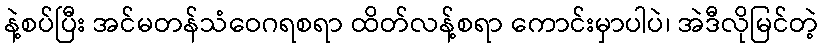
နဲ့စပ်ပြီး အင်မတန်သံဝေဂရစရာ ထိတ်လန့်စရာ ကောင်းမှာပါပဲ၊ အဲဒီလိုမြင်တဲ့